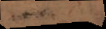
e